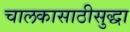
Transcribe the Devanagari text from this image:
चालकासाठीसुद्धा